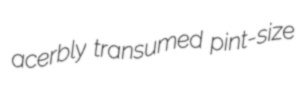
acerbly transumed pint-size